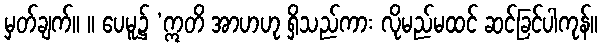
မှတ်ချက်။ ။ ပေမူ၌ ‘ဣတိ အာဟဟု ရှိသည်ကား လိုမည်မထင် ဆင်ခြင်ပါကုန်။